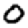
Digit: 0